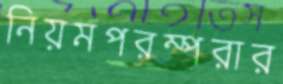
নিয়মপরম্পরার